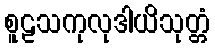
စူဠသကုလုဒါယိသုတ္တံ